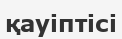
қауіптісі